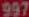
997